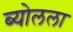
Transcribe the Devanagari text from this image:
ब्योलला